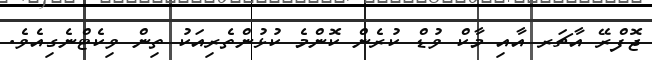
ޖޮފްރޭ އާޗަރ އާއި މާކް ވުޑް ކުރެން ކޮންމެ ކުޅުންތެރިއަކު ތިން ވިކެޓްނެގިއެވެ.